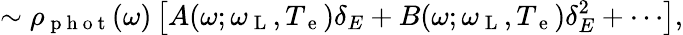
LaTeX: \sim\rho_{\mathrm{~p~h~o~t~}}(\omega)\left[A(\omega;\omega_{\mathrm{~L~}},T_{\mathrm{~e~}})\delta_{E}+B(\omega;\omega_{\mathrm{~L~}},T_{\mathrm{~e~}})\delta_{E}^{2}+\cdots\right],